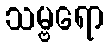
သမ္ဗရော